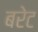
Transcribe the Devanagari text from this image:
बरेट